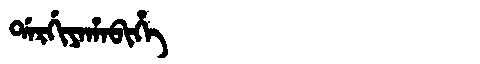
Manchu: ᡩᠠᡵᡤᡳᠶᠠᡥᠠᠪᡳᡥᡝ
Romanization: DARGIYAHABIHE